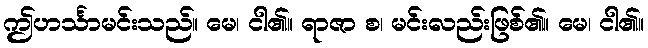
ဤဟင်္သာမင်းသည်။ မေ၊ ငါ၏။ ရာဇာ စ၊ မင်းလည်းဖြစ်၏။ မေ၊ ငါ၏။